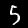
Digit: 5